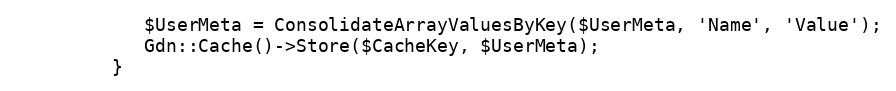
Language: PHP
            $UserMeta = ConsolidateArrayValuesByKey($UserMeta, 'Name', 'Value');
            Gdn::Cache()->Store($CacheKey, $UserMeta);
         }